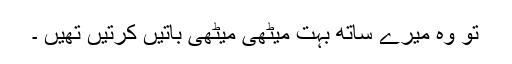
تو وہ میرے ساتھ بہت میٹھی میٹھی باتیں کرتیں تھیں ۔